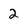
Character: 2